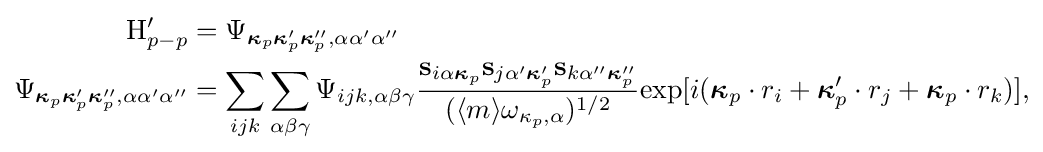
{\begin{aligned}\mathrm {H} _{p-p}'&=\Psi _{{\boldsymbol {\kappa }}_{p}{\boldsymbol {\kappa }}_{p}'{\boldsymbol {\kappa }}_{p}'',\alpha \alpha '\alpha ''}\\\Psi _{{\boldsymbol {\kappa }}_{p}{\boldsymbol {\kappa }}_{p}'{\boldsymbol {\kappa }}_{p}'',\alpha \alpha '\alpha ''}&=\sum _{ijk}\sum _{\alpha \beta \gamma }\Psi _{ijk,\alpha \beta \gamma }{\frac {\mathbf {s} _{i\alpha {\boldsymbol {\kappa }}_{p}}\mathbf {s} _{j\alpha '{\boldsymbol {\kappa }}_{p}'}\mathbf {s} _{k\alpha ''{\boldsymbol {\kappa }}_{p}''}}{(\langle m\rangle \omega _{\kappa _{p},\alpha })^{1/2}}}\mathrm {exp} [i({\boldsymbol {\kappa }}_{p}\cdot r_{i}+{\boldsymbol {\kappa }}_{p}'\cdot r_{j}+{\boldsymbol {\kappa }}_{p}\cdot r_{k})],\end{aligned}}